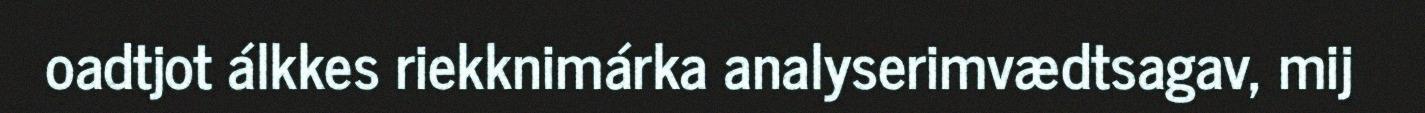
oadtjot álkkes riekknimárka analyserimvædtsagav, mij